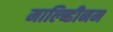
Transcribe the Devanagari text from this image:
माल्ब्डिीनम